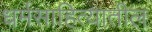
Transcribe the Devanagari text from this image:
धर्मसाहित्यातील